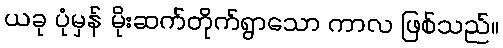
ယခု ပုံမှန် မိုးဆက်တိုက်ရွာသော ကာလ ဖြစ်သည်။